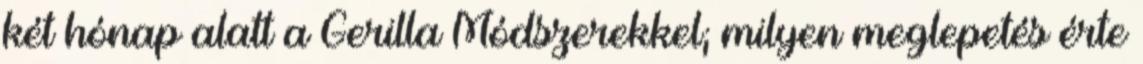
két hónap alatt a Gerilla Módszerekkel; milyen meglepetés érte